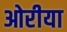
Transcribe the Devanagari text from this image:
ओरीया